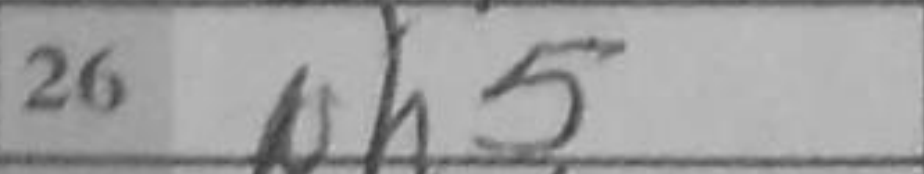
Transcription: Nh5